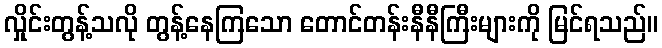
လှိုင်းတွန့်သလို တွန့်နေကြသော တောင်တန်းနီနီကြီးများကို မြင်ရသည်။